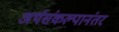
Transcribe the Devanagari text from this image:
अर्थसंकल्पानंतर